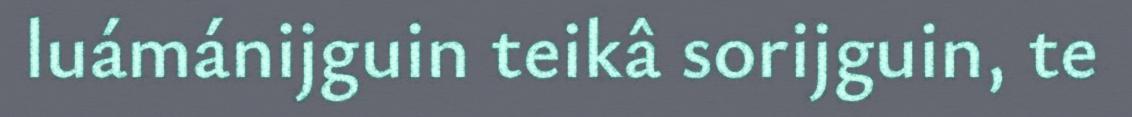
luámánijguin teikâ sorijguin, te